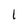
Character: 1